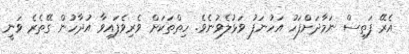
އެރޭ ފަތިސް ނަމާދަށްފަހު އަހުނަފު ވަޅުލެވުނެވެ. ހިތްތަކަށް ވެރިވެފައިވާ އުދާހުން ގޭތެރެ ވަނީ